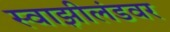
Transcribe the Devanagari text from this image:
स्वाझीलंडवर